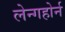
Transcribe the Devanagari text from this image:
लेन्गहोर्न